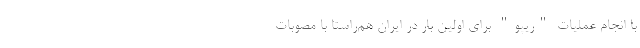
با انجام عملیات "ریپو" برای اولین بار در ایران هم‌راستا با مصوبات